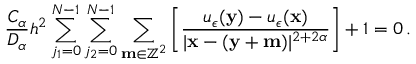
\frac { C _ { \alpha } } { D _ { \alpha } } h ^ { 2 } \sum _ { j _ { 1 } = 0 } ^ { N - 1 } \sum _ { j _ { 2 } = 0 } ^ { N - 1 } \sum _ { \mathbf { m } \in \mathbb { Z } ^ { 2 } } \left[ \frac { u _ { \epsilon } ( \mathbf { y } ) - u _ { \epsilon } ( \mathbf { x } ) } { | \mathbf { x } - ( \mathbf { y } + \mathbf { m } ) | ^ { 2 + 2 \alpha } } \right] + 1 = 0 \, .